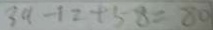
3 a - 1 2 + 5 8 = 8 0